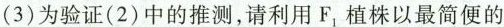
(3)为验证(2)中的推测，请利用F_{1}植株以最简便的